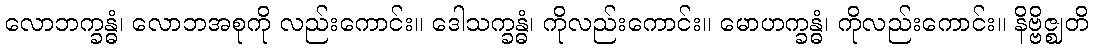
လောဘက္ခန္ဓံ၊ လောဘအစုကို လည်းကောင်း။ ဒေါသက္ခန္ဓံ၊ ကိုလည်းကောင်း။ မောဟက္ခန္ဓံ၊ ကိုလည်းကောင်း။ နိဗ္ဗိဇ္ဈတိ